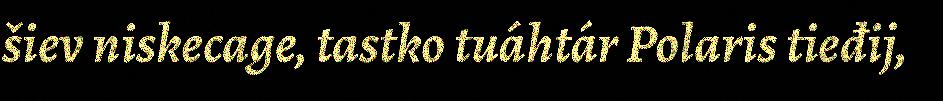
šiev niskecage, tastko tuáhtár Polaris tieđij,